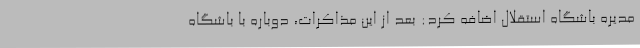
مدیره باشگاه استقلال اضافه کرد: بعد از این مذاکرات، دوباره با باشگاه